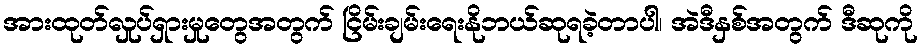
အားထုတ်လှုပ်ရှားမှုတွေအတွက် ငြိမ်းချမ်းရေးနိုဘယ်ဆုရခဲ့တာပါ၊ အဲဒီနှစ်အတွက် ဒီဆုကို